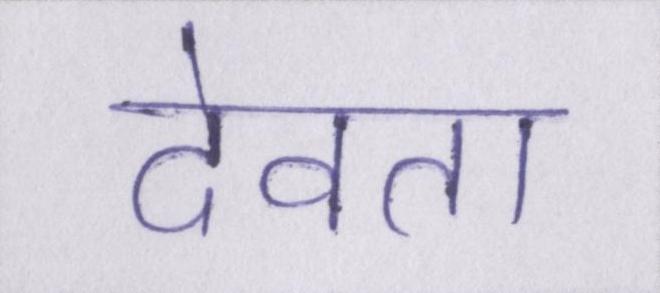
देवता